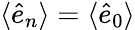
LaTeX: \langle\hat{e}_{n}\rangle=\langle\hat{e}_{0}\rangle